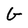
Character: G